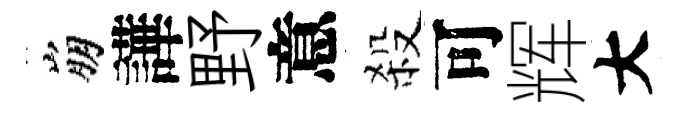
崩譁野意殺可辉大